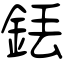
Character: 銩